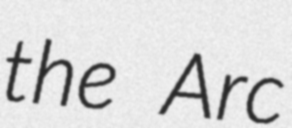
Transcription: the Arc